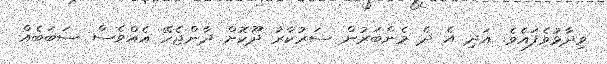
ވިދާޅުވެފައެވެ. އަދި އެ ދެ މެންބަރުން ސަރުކާރު ދޫކޮށް ދާންޖެހޭ އެއްވެސް ސަބަބެއް